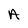
Character: A